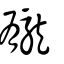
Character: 龓